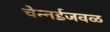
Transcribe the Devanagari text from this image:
चेन्‍नईजवळ